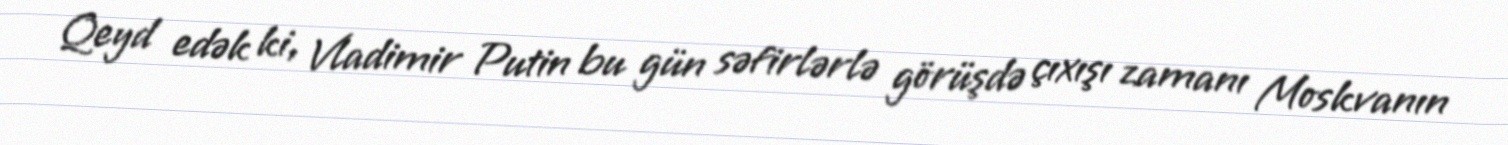
Qeyd edək ki, Vladimir Putin bu gün səfirlərlə görüşdə çıxışı zamanı Moskvanın